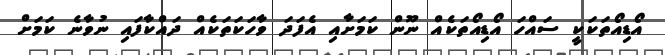
އޯޑިއޯތަކަކީ ސައްހަ އޯޑިއޯތަކެއް ނޫން ކަމަށާއި އެފަދަ ވާހަކަތަކެއް ދައްކާފައި ނުވާނެ ކަމަށް